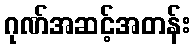
ဂုဏ်အဆင့်အတန်း